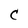
Character: C